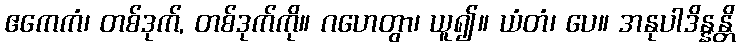
ဧကေကံ၊ တစ်ဒုက်, တစ်ဒုက်ကို။ ဂဟေတွာ၊ ယူ၍။ ယံတံ၊ ပေ။ အနုပါဒိန္နန္တိ